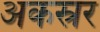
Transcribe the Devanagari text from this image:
अकस्रर